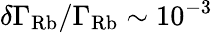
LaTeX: \delta\Gamma_{\mathrm{Rb}}/\Gamma_{\mathrm{Rb}}\sim 10^{-3}